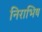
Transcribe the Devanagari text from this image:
निराभिष